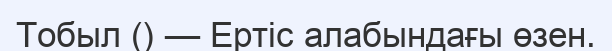
Тобыл () — Ертіс алабындағы өзен.